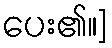
ပေး၏။]